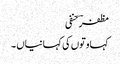
مظفرؔ حنفی
کہاوتوں کی کہانیاں ۔